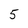
Character: 5